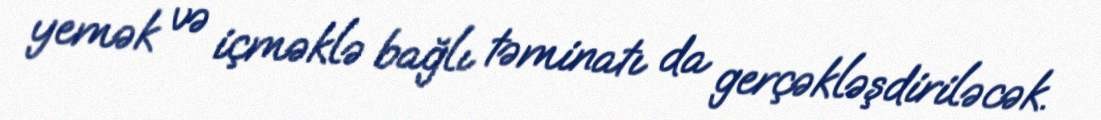
yemək və içməklə bağlı təminatı da gerçəkləşdiriləcək.